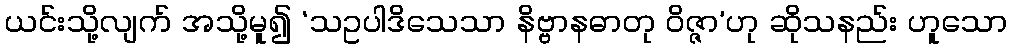
ယင်းသို့လျက် အသို့မူ၍ ‘သဥပါဒိသေသာ နိဗ္ဗာနဓာတု ဝိဇ္ဇာ’ဟု ဆိုသနည်း ဟူသော